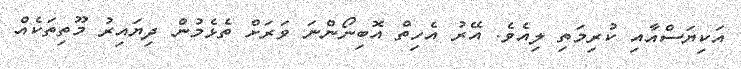
އަކިޔަސްއާއި ކުރިމަތި ލިއެވެ. އޭރު އެހިތް އޮބިނޯންނަ ވަރަށް ތެޅެމުން ދިޔައިރު މޫތިތަކެއް